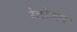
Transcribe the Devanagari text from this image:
रेलीजन